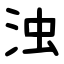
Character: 浊